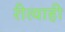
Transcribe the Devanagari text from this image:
रीत्याही